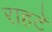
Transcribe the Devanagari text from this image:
राहटें